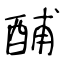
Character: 酺